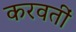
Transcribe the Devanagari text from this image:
करवतीं